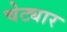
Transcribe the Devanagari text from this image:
चेट्यार